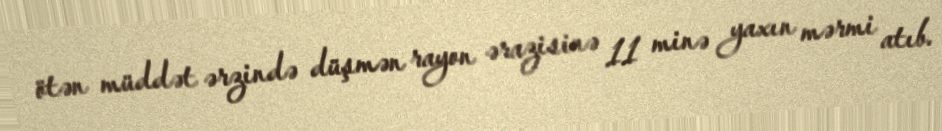
ötən müddət ərzində düşmən rayon ərazisinə 11 minə yaxın mərmi atıb.